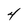
Character: 4